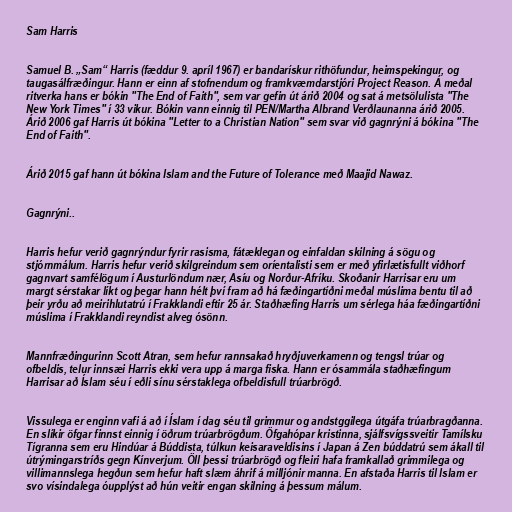
Sam Harris

Samuel B. „Sam“ Harris (fæddur 9. apríl 1967) er bandarískur rithöfundur, heimspekingur, og
taugasálfræðingur. Hann er einn af stofnendum og framkvæmdarstjóri Project Reason. Á meðal
ritverka hans er bókin "The End of Faith", sem var gefin út árið 2004 og sat á metsölulista "The
New York Times" í 33 vikur. Bókin vann einnig til PEN/Martha Albrand Verðlaunanna árið 2005.
Árið 2006 gaf Harris út bókina "Letter to a Christian Nation" sem svar við gagnrýni á bókina "The
End of Faith".

Árið 2015 gaf hann út bókina Islam and the Future of Tolerance með Maajid Nawaz.

Gagnrýni..

Harris hefur verið gagnrýndur fyrir rasisma, fátæklegan og einfaldan skilning á sögu og
stjórnmálum. Harris hefur verið skilgreindum sem oríentalisti sem er með yfirlætisfullt viðhorf
gagnvart samfélögum í Austurlöndum nær, Asíu og Norður-Afríku. Skoðanir Harrisar eru um
margt sérstakar líkt og þegar hann hélt því fram að há fæðingartíðni meðal múslima bentu til að
þeir yrðu að meirihlutatrú í Frakklandi eftir 25 ár. Staðhæfing Harris um sérlega háa fæðingartíðni
múslima í Frakklandi reyndist alveg ósönn.

Mannfræðingurinn Scott Atran, sem hefur rannsakað hryðjuverkamenn og tengsl trúar og
ofbeldis, telur innsæi Harris ekki vera upp á marga fiska. Hann er ósammála staðhæfingum
Harrisar að Íslam séu í eðli sínu sérstaklega ofbeldisfull trúarbrögð.

Vissulega er enginn vafi á að í Íslam í dag séu til grimmur og andstggilega útgáfa trúarbragðanna.
En slíkir öfgar finnst einnig í öðrum trúarbrögðum. Öfgahópar kristinna, sjálfsvígssveitir Tamílsku
Tígranna sem eru Hindúar á Búddista, túlkun keisaraveldisins í Japan á Zen búddatrú sem ákall til
útrýmingarstríðs gegn Kínverjum. Öll þessi trúarbrögð og fleiri hafa framkallað grimmilega og
villimannslega hegðun sem hefur haft slæm áhrif á milljónir manna. En afstaða Harris til Islam er
svo vísindalega óupplýst að hún veitir engan skilning á þessum málum.